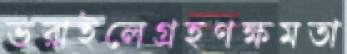
ভরাইলেগ্রহণক্ষমতা